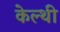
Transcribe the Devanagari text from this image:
केल्थी